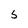
Character: 5